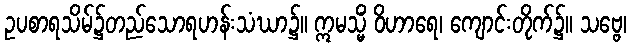
ဥပစာရသိမ်၌တည်သောရဟန်းသံဃာ၌။ ဣမသ္မိံ ဝိဟာရေ၊ ကျောင်းတိုက်၌။ သဗ္ဗေ၊